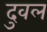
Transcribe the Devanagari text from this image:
दुवल